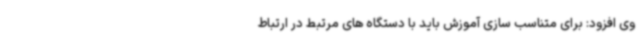
وی افزود: برای متناسب سازی آموزش باید با دستگاه های مرتبط در ارتباط